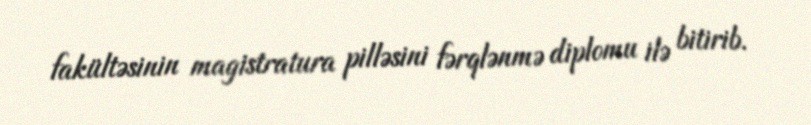
fakültəsinin magistratura pilləsini fərqlənmə diplomu ilə bitirib.